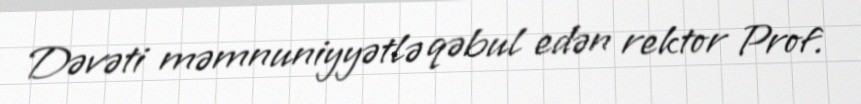
Dəvəti məmnuniyyətlə qəbul edən rektor Prof.